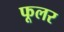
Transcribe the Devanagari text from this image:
फूलर